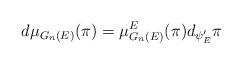
LaTeX: \begin{align*}\displaystyle d\mu_{G_n(E)}(\pi)=\mu_{G_n(E)}^E(\pi)d_{\psi'_E}\pi\end{align*}